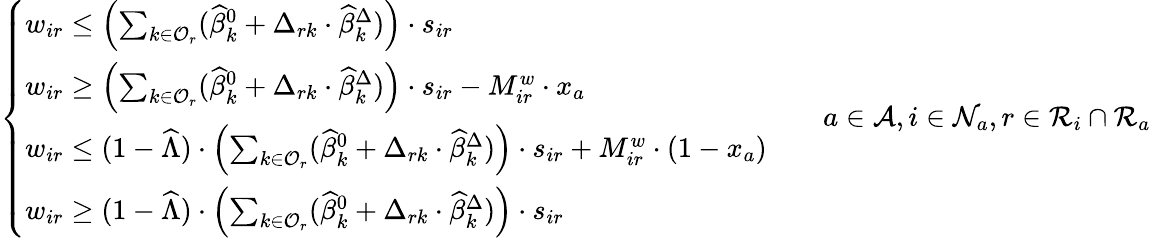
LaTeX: \left\{ \begin{array}{ll}{w_{ir}\leq\left(\sum_{k\in\mathcal{O}_{r}}(\widehat\beta_{k}^{0}+\Delta_{rk}\cdot\widehat\beta_{k}^{\Delta})\right)\cdot s_{ir}}\\ {w_{ir}\geq\left(\sum_{k\in\mathcal{O}_{r}}(\widehat\beta_{k}^{0}+\Delta_{rk}\cdot\widehat\beta_{k}^{\Delta})\right)\cdot s_{ir}-M_{ir}^{w}\cdot x_{a}}\\ {w_{ir}\leq(1-\widehat{\Lambda})\cdot\left(\sum_{k\in\mathcal{O}_{r}}(\widehat\beta_{k}^{0}+\Delta_{rk}\cdot\widehat\beta_{k}^{\Delta})\right)\cdot s_{ir}+M_{ir}^{w}\cdot(1-x_{a})}\\ {w_{ir}\geq(1-\widehat{\Lambda})\cdot\left(\sum_{k\in\mathcal{O}_{r}}(\widehat\beta_{k}^{0}+\Delta_{rk}\cdot\widehat\beta_{k}^{\Delta})\right)\cdot s_{ir}}\end{array}\right.\qquad a\in\mathcal{A},i\in\mathcal{N}_{a},r\in\mathcal{R}_{i}\cap\mathcal{R}_{a}